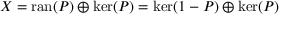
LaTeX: X = \operatorname { r a n } ( P ) \oplus \ker ( P ) = \ker ( 1 - P ) \oplus \ker ( P )